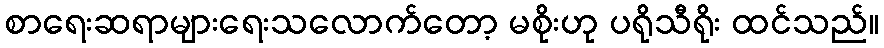
စာရေးဆရာများရေးသလောက်တော့ မစိုးဟု ပရိုသီရိုး ထင်သည်။